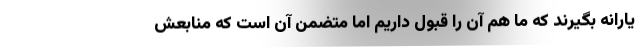
یارانه بگیرند که ما هم آن را قبول داریم اما متضمن آن است که منابعش